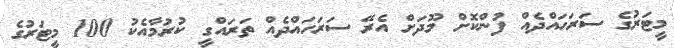
މީޓަރުގެ ސަރަހައްދެއް ފުންކޮށް މޫދަށް އެރޭ ސަރަހައްދެއް ތަރައްގީ ކުރުމާއެކު 100 މީޓަރުގެ